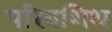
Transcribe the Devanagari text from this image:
परिबशिथ